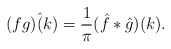
\begin{align*}( fg ) \hat (k) = \frac 1 \pi( \hat f * \hat g) ( k) .\end{align*}